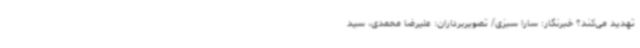
تهدید می‌کند؟ خبرنگار: سارا سبزی/ تصویربرداران: علیرضا محمدی، سید